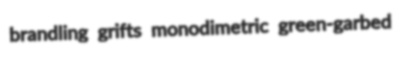
brandling grifts monodimetric green-garbed